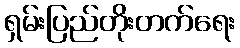
ရှမ်းပြည်တိုးတက်ရေး